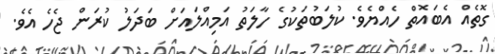
ގޮތެއް އެބައޮތް ހެއްޔެވެ. ކުލަބުތަކުގެ ހާލަތު އަމިއްލައަށް ބަދަލު ކުރަން ޖެހެ އެވެ.